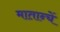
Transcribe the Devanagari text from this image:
मातान्चें